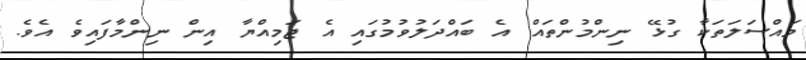
މައްސަލަތަކާ ގުޅޭ ނިންމުންތައް އެ ބައްދަލުވުމުގައި އެ ޖަމިއްޔާ އިން ނިންމާފައިވެ އެވެ.